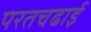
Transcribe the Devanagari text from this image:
परतचढाई